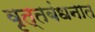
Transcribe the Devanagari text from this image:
वृत्तबंधनात